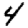
Digit: 4